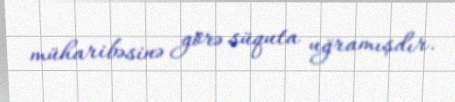
müharibəsinə görə süquta uğramışdır.